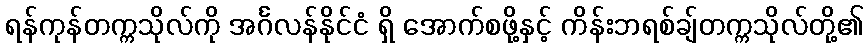
ရန်ကုန်တက္ကသိုလ်ကို အင်္ဂလန်နိုင်ငံ ရှိ အောက်စဖို့နှင့် ကိန်းဘရစ်ချ်တက္ကသိုလ်တို့၏